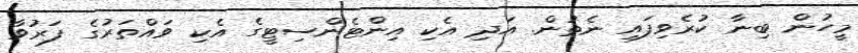
މީހުން ބިނާ ކުރެވިފައި ނެތުން. އަދި އެކި އިންޓެންސިޓީގެ އެކި ވައްތަރުގެ ފަރުވާ